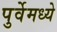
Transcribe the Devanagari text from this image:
पुर्वेमध्ये